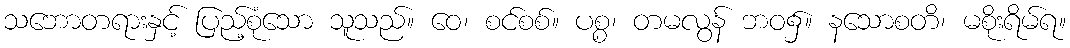
သဘောတရားနှင့် ပြည့်စုံသော သူသည်။ ဝေ၊ စင်စစ်။ ပစ္စ၊ တမလွန် ဘဝ၌။ နသောစတိ၊ မစိုးရိမ်ရ။